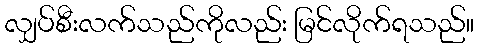
လျှပ်စီးလက်သည်ကိုလည်း မြင်လိုက်ရသည်။